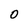
Character: 0